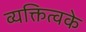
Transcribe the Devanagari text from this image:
व्यक्तित्वके